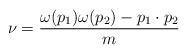
\begin{align*}\nu =\frac{\omega (p_{1})\omega (p_{2})-p_{1}\cdot p_{2}}{m}\end{align*}